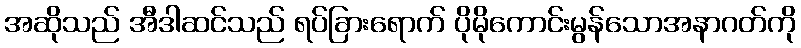
အဆိုသည် အီဒါဆင်သည် ရပ်ခြားရောက် ပိုမိုကောင်းမွန်သောအနာဂတ်ကို